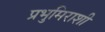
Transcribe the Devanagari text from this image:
प्रभुमिराशी